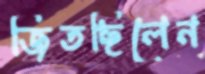
জিতছিলেন